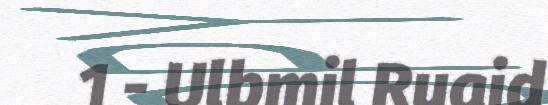
1 - Ulbmil Ruaid